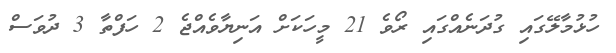
ހުޅުމާލޭގައި ގުދަނެއްގައި ރޯވެ 21 މީހަކަށް އަނިޔާވެއްޖެ 2 ހަފްތާ 3 ދުވަސް